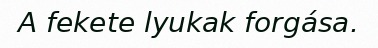
A fekete lyukak forgása.